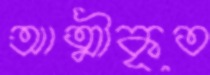
আত্মীকৃত